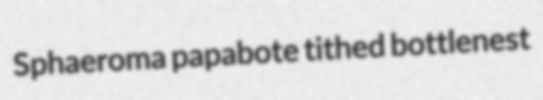
Sphaeroma papabote tithed bottlenest